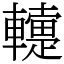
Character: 䡹